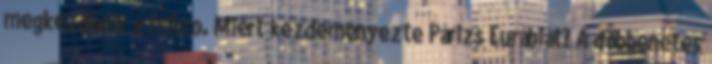
megkezdődik a mikro. Miért kezdeményezte Párizs Eurábiát? A döbbenetes